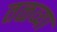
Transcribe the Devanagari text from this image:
तळव्या